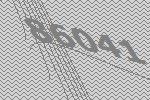
86041